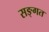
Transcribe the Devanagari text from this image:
सङ्गत